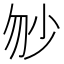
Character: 𡭥